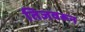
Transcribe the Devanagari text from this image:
तिजवरून